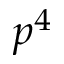
p ^ { 4 }